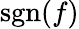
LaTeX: \operatorname{sgn}(f)